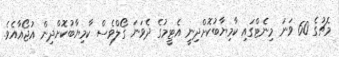
މެޗުގެ 60 ވަނަ މިނެޓްގައި ކާމިޔާބުކޮށްދިނީ އެޓީމުގެ ދެވަނަ ގޯލްވެސް ކާމިޔާބުކޮށްދިން އުޖޯއާއެވެ.